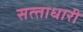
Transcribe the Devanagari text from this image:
सत्‍ताधारी